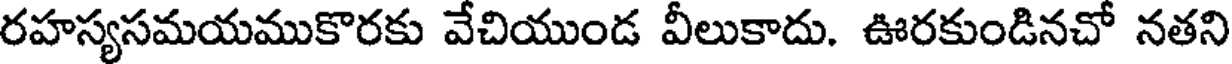
రహస్యసమయముకొరకు వేచియుండ వీలుకాదు. ఊరకుండినచో నతని